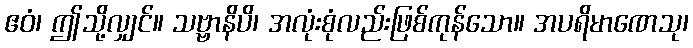
ဧဝံ၊ ဤသို့လျှင်။ သဗ္ဗာနိပိ၊ အလုံးစုံလည်းဖြစ်ကုန်သော။ အပရိမာဏေသု၊